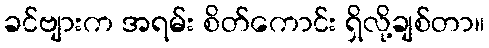
ခင်ဗျားက အရမ်း စိတ်ကောင်း ရှိလို့ချစ်တာ။